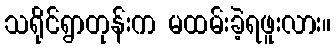
သရိုင်ရွာတုန်းက မထမ်းခဲ့ရဖူးလား။